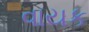
વાયક